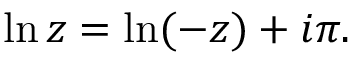
\ln z = \ln ( - z ) + i \pi .